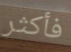
فأكثر